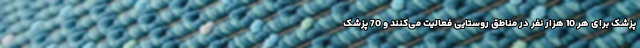
پزشک برای هر 10 هزار نفر در مناطق روستایی فعالیت می‌کنند و 70 پزشک